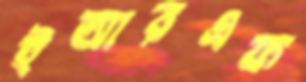
ইআরএফ